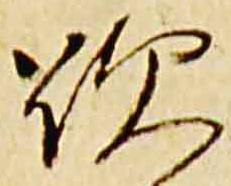
歎